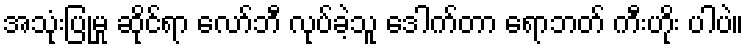
အသုံးပြုမှု ဆိုင်ရာ လော်ဘီ လုပ်ခဲ့သူ ဒေါက်တာ ရောဘတ် ကီးဟိုး ပါပဲ။